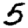
Digit: 5